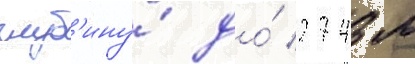
глуб'ину́ до́ 2743 м